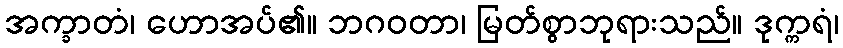
အက္ခာတံ၊ ဟောအပ်၏။ ဘဂဝတာ၊ မြတ်စွာဘုရားသည်။ ဒုက္ကရံ၊